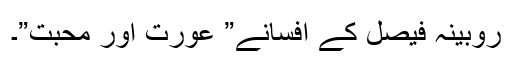
روبینہ فیصل کے افسانے” عورت اور محبت”۔